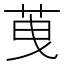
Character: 䒶